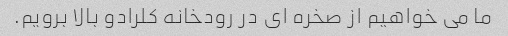
ما می خواهیم از صخره ای در رودخانه کلرادو بالا برویم.